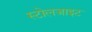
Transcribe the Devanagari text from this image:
स्टोलजाइट